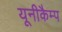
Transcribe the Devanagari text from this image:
यूनीकैम्प